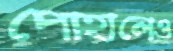
পোহালেও